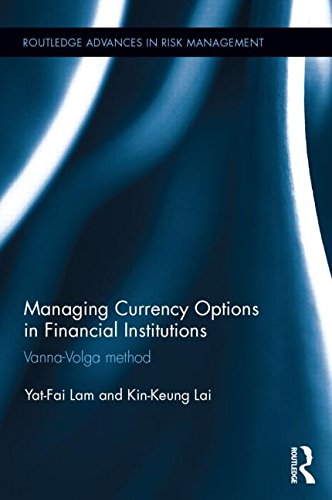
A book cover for Managing Currency Options in Financial Institutions: Vanna-Volga method (Routledge Advances in Risk Management); Yat-Fai Lam; Business & Money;